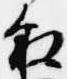
叙